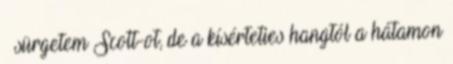
– sürgetem Scott-ot, de a kísérteties hangtól a hátamon